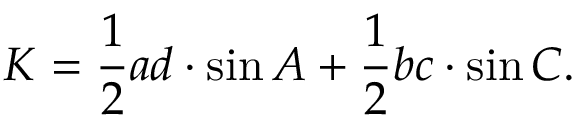
K = { \frac { 1 } { 2 } } a d \cdot \sin { A } + { \frac { 1 } { 2 } } b c \cdot \sin { C } .